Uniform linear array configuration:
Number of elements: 12
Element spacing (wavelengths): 0.5
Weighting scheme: cosine
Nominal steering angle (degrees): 15
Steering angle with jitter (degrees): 13.777
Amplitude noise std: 0.05
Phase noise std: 0.05

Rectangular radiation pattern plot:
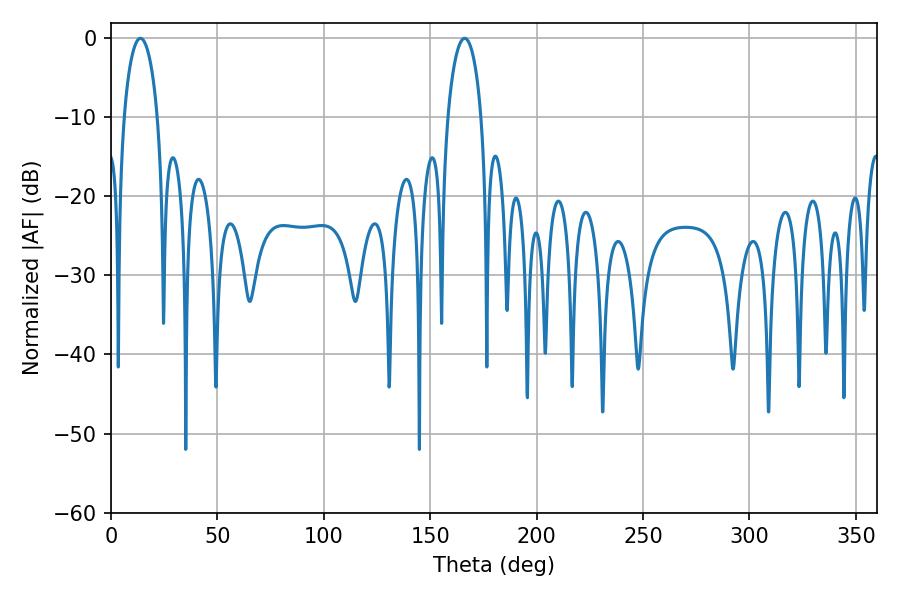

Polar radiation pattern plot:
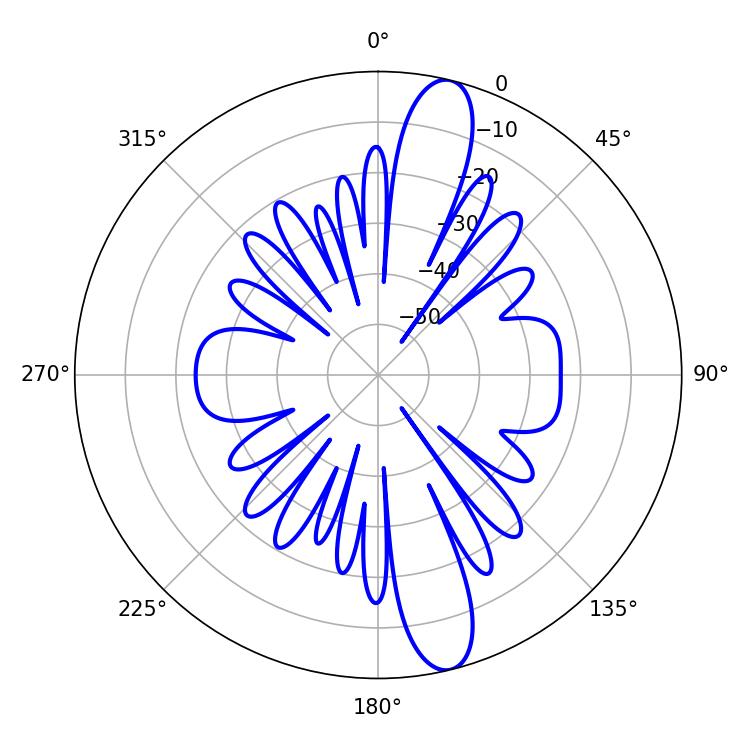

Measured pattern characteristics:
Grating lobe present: FALSE
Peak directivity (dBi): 13.833
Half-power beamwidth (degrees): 9
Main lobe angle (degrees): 13.86